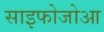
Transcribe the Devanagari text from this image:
साइफोजोआ